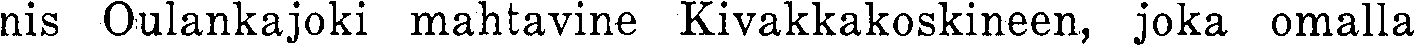
nis Oulankajoki mahtavine Kivakkakoskineen, joka omalla